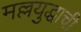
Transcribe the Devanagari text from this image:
मल्लयुद्धाची